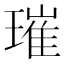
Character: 璀